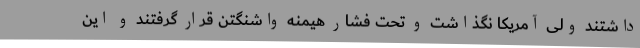
داشتند ولی آمریکا نگذاشت و تحت فشار هیمنه واشنگتن قرار گرفتند و این